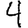
Digit: 4